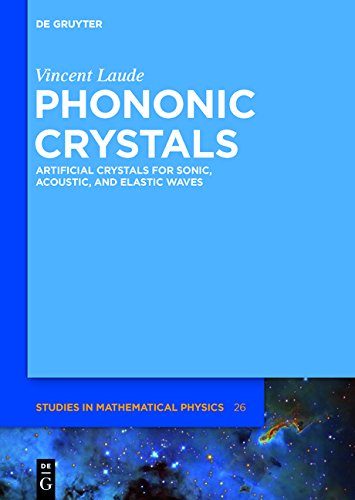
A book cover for Phononic Crystals (De Gruyter Studies in Mathematical Physics); Vincent Laude; Science & Math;